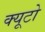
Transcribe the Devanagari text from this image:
क्यूटो